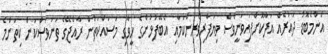
އެންމެބޮޑު ދައުރެއް އަދާކޮށްފައިވަނީވެސް ވިޔަފާރިވެރިންކަމާއި އެބޭފުޅުންގެ ހީވާގި މަސައްކަތުން ރާއްޖޭގެ ތަނަވަސްކަން ކިތަންމެ